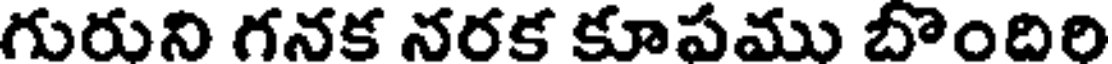
గురుని గనక నరక కూపము బొందిరి